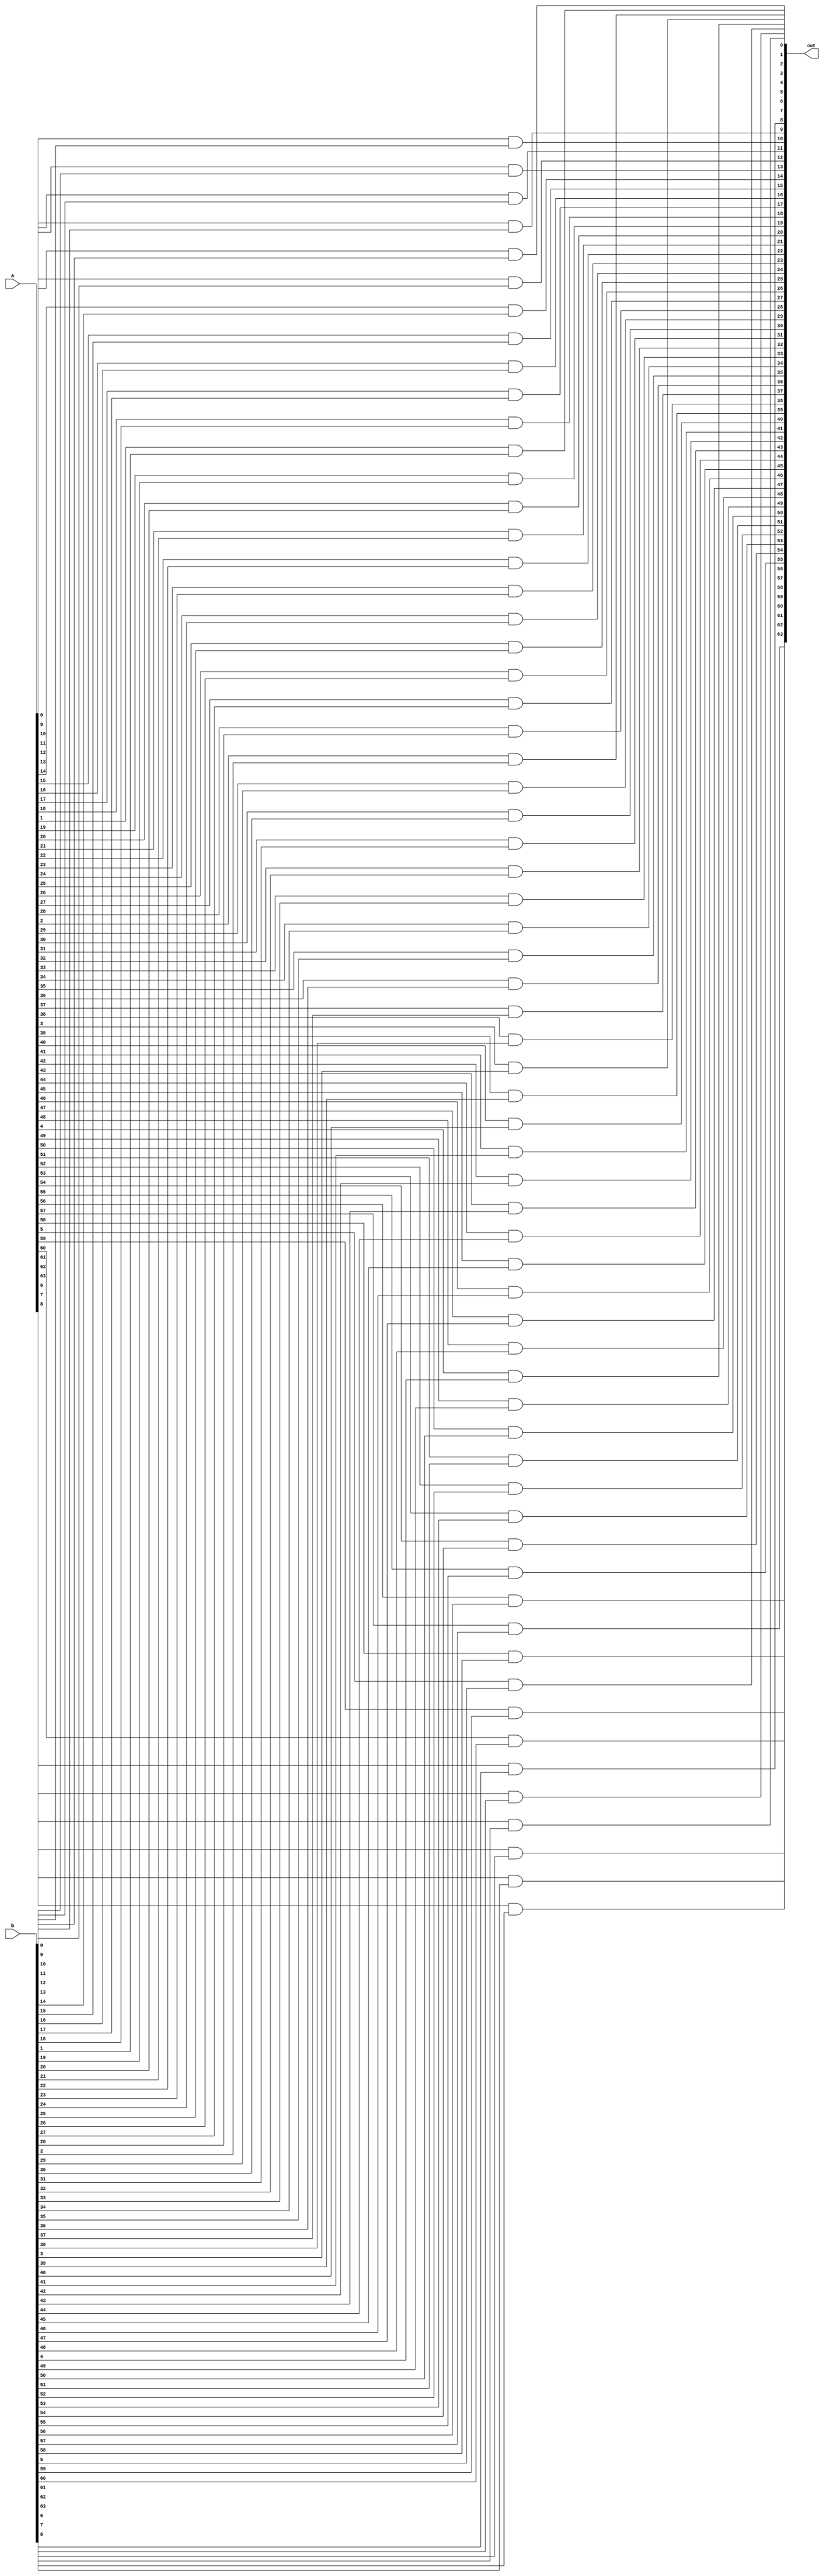
module and64(a,b,out);
input signed [63:0] a;
input signed [63:0] b;
output signed [63:0] out;
genvar i;
generate for (i = 0 ; i <= 63 ; i = i + 1) begin
    and (out[i],a[i],b[i]);
end
endgenerate
endmodule